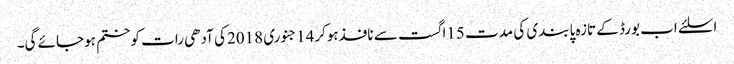
اسلئے اب بورڈ کے تازہ پابندی کی مدت 15اگست سے نافذہوکر14جنوری 2018کی آدھی رات کوختم ہوجائے گی۔